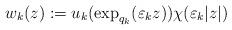
LaTeX: \begin{align*}w_{k}(z):=u_{k}(\exp_{q_{k}}(\varepsilon_{k}z))\chi(\varepsilon_{k}|z|)\end{align*}